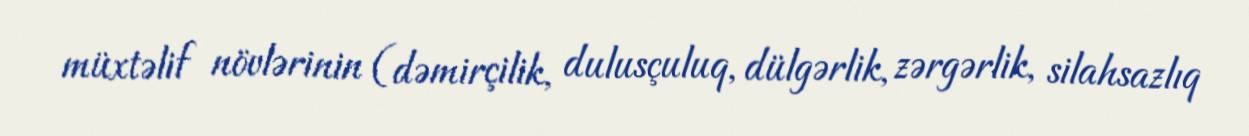
müxtəlif növlərinin (dəmirçilik, dulusçuluq, dülgərlik, zərgərlik, silahsazlıq